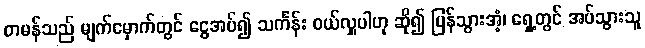
တမန်သည် မျက်မှောက်တွင် ငွေအပ်၍ သင်္ကန်း ဝယ်လှူပါဟု ဆို၍ ပြန်သွားအံ့၊ ရှေ့တွင် အပ်သွားသူ